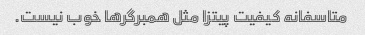
متاسفانه کیفیت پیتزا مثل همبرگرها خوب نیست.